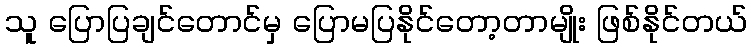
သူ ပြောပြချင်တောင်မှ ပြောမပြနိုင်တော့တာမျိုး ဖြစ်နိုင်တယ်